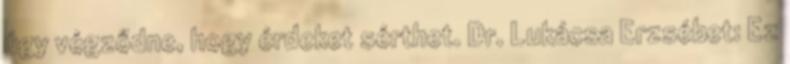
úgy végződne, hogy érdeket sérthet. Dr. Lukácsa Erzsébet: Ez